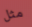
مثل